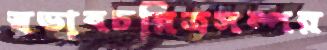
স্বভাবচরিত্রসম্পন্ন